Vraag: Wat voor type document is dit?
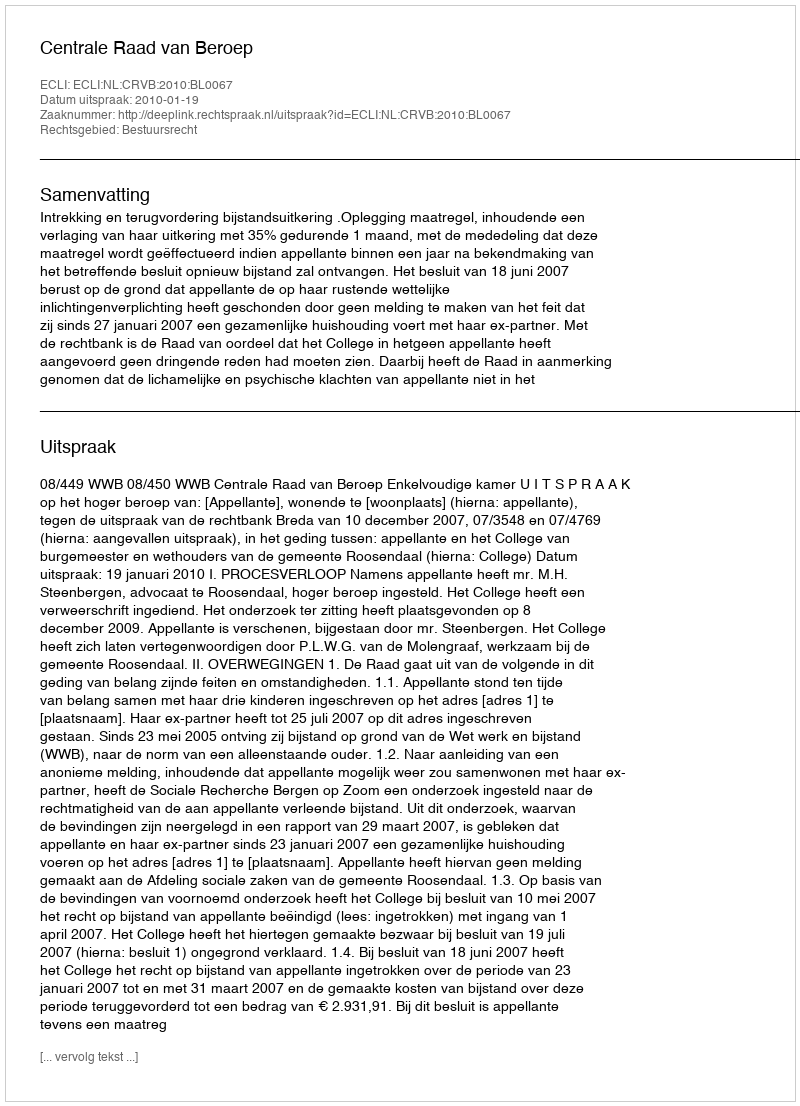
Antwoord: Uitspraak